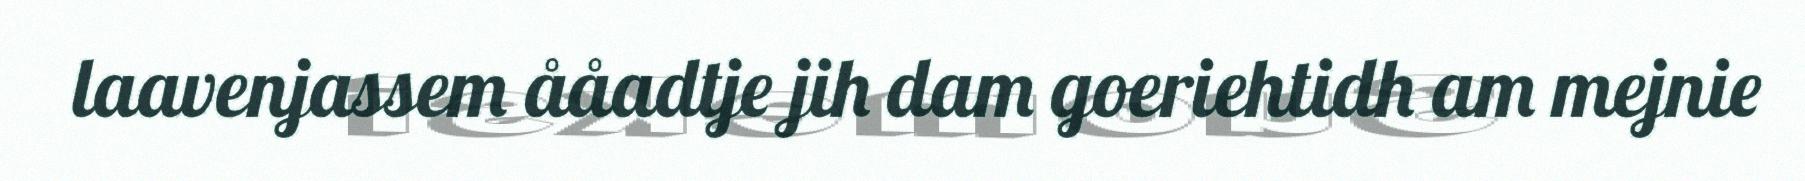
laavenjassem ååadtje jih dam goeriehtidh am mejnie